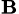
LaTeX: _\mathbf{B}